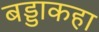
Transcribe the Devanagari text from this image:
बड्डाकहा